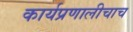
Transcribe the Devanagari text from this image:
कार्यप्रणालीचाच